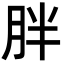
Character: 胖